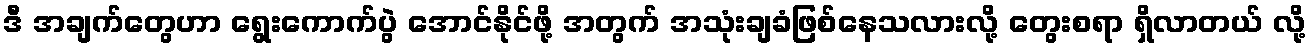
ဒီ အချက်တွေဟာ ရွေးကောက်ပွဲ အောင်နိုင်ဖို့ အတွက် အသုံးချခံဖြစ်နေသလားလို့ တွေးစရာ ရှိလာတယ် လို့